Memorandum on the prevention of leprosy by segregation of the affected
Disease focus: Leprosy
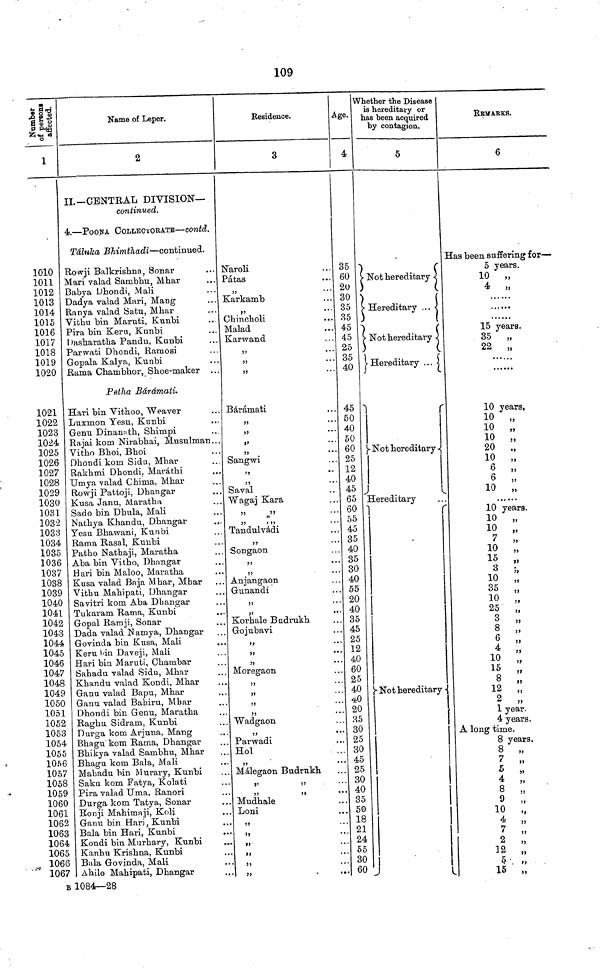
109
Number of persons afiected.
1
1010
1011
1012
1013
1014
1015
1016
1017
1018
1019
1020
1021
1022
1023
1024
1025
1026
1027
1028
1029
1030
1031
1032
1033
1034
1035
1036
1037
1038
1039
1040
1041
1042
1043
1044
1045
1046
1047
1048
1049
1050
1051
1052
1053
1054
1055
1056
1057
1058
1059
1060
1061
1062
1063
1064
1065
1066
1067
B
Name of Leper.
2
IL—CENTRAL DIVISION—
continued.
4.—PoONA COLLECl.OB.ATB—contd.
Tâluka Bhimthadi—continued.
Rowji Balkrishna, Sonar
Mari valad Sambhu, Mhar
Babya Dhondi, Mali
Dadya valad Mari, Mang
Ranya valad Satu, Mhar
Vithu bin Maruti, Kunbi
Pira bin Keru, Kunbi
Dasharatha Pandu, Kunbi
Parwati Dhondi, Ramosi
Gopala Kalya, Kunbi
Rama Chambhor, Shoe-maker
Petha Bárámati.
Hari bin Vithoo, Weaver
Luxmon Yesu, Kunbi
Genu Dinanath, Shimpi
Rajai kom Nirabhai, Musulman...
Vitho Bhoi, Bhoi
Dhondi kom Sidu, Mhar
Rakhmi Dhondi,. Maráthi
Umya valad Chima, Mhar
Rowji Pattoji, Dhangar
Kusa Janu, Maratha
Sado bin Dhula, Mali
Nathya Khandu, Dhangar
Yesu Bhawani, Kunbi
Rama Rasal, Kunbi
Patho Nathaji, Maratha
Aba bin Vitho, Dhangar
Hari bin Maloo, Maratha
Kusa valad Baja Mhar, Mhar
Vithu Mahipati, Dhangar
Savitri kom Aba Dhangar
Tukaram Rama, Kunbi
Gopal Ramji, Sonar
Dada valad Namya, Dhangar
Govinda bin Kusa, Mali
Keru bin Daveji, Mali
Hari bin Maruti, Chambar
Sahadu valad Sida, Mhar
Kha.ndu valad Kondi, Mhar
Ganu valad Bapu, Mhar
Garni valad Babiru, Mbar
Dhondi bin Genu, Maratha
Raghu Sidram, Kunbi
Durga kom Arjuna, Mang
Bhagu kom Rama, Dhangar
Bhikya valad Sambhu, Mhar
Bhagu kom Bala, Mali
Mahadu bin Murary, Kunbi
Saku kom Fatya, Kolati
Pira valad Uma, Ranori
Durga kom Tatya, Sonar
Ronji Mahimaji, Koli
Ganu bin Hari, Kunbi
Bala bin Hari, Kunbi
Kondi bin Murhary, Kunbi
Kanbu Krishna, Kunbi
Bala Govinda, Mali
Ahilo Mahipati, Dhangar
1084—28
Residence.
3
Naroli
Pátas
Karkamb
Chincholi
Malad
Karwand
Bárámati
>>
»'
Sangwi
Saval
Wagaj Kara
Tandulvádi
Songaon
Anjangaon
Gunandi
Korhale Badrukh
Gojubavi
Moregaon
Wadgaon
Parwadi
Hol
Málegaon Budrukh
Mudhale
Loni
\
Age.
4
35
60
20
30
35
35
45
45
25
35
40
45
50
40
50
60
25
12
40
45
65
60
55
45
35
40
35
30
40
55
20
40
35
45
25
12
40
60
25
40
40
20
35
30
25
30
45
25
30
40
35
50
18
21
24
55
30
60
Whether the Disease
is hereditary or
has been acquired
by contagion.
5
(
Not hereditary
Hereditary ... \
Not hereditary
Hereditary ...
|
Not hereditary
Hereditary
Not hereditary
REMARKS.
6
Has been suffering for—
5 years.
10 „
4 „
15 years.
35 „
22 „
10 years,
10
10 „
10
20
10
6
6
„
10 „
10 years.
10 „
10
10 „
15 „
3
10
35 ,
10
25 "
3
'
8
6 "
4 "
10 "
15 "
8 "
12
„
2
1 year
4 years.
A long time.
8 year
«
7 "
5
4 "
8
9
10
7
2
12
X5 ,,